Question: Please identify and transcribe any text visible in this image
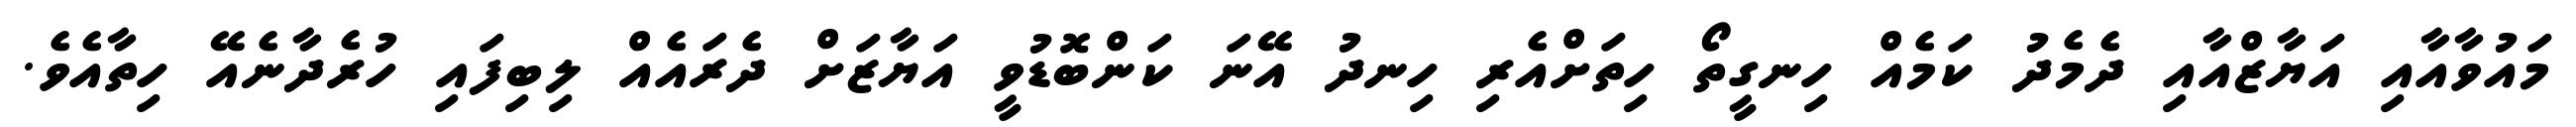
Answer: މައުވާއާއި އަޔާޒްއާއި ދެމެދު ކަމެއް ހިނގީތޯ ހިތަށްއެރި ހިނދު އޭނަ ކަންބޮޑުވީ އަޔާޒަށް ދެރައެއް ލިބިފައި ހުރެދާނެއޭ ހިތާއެވެ.